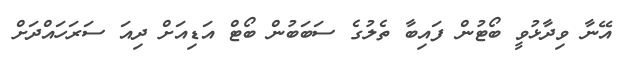
އޭނާ ވިދާޅުވީ ބޯޓުން ފައިބާ ތެލުގެ ސަބަބުން ބޯޓް އަޑިއަށް ދިއަ ސަރަހައްދަށް